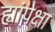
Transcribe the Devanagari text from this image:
ह्यांपेक्षा